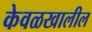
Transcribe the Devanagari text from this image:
केवळखालील